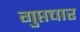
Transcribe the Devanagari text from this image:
गुप्तचार